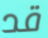
قد